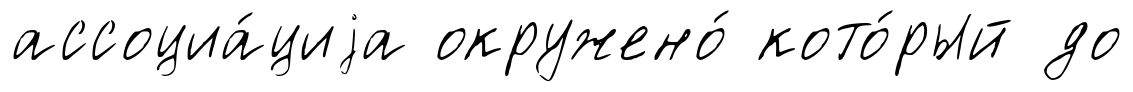
ассоциа́циjа окружено́ кото́рый до